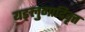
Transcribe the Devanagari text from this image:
यङ्लुगादिवृत्त